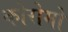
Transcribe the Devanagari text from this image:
कोरोमो